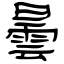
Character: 曇